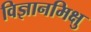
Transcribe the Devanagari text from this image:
विज्ञानमिक्षु